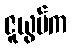
ဇူယွမ်က